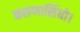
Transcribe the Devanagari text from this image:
करुणासिंधो।